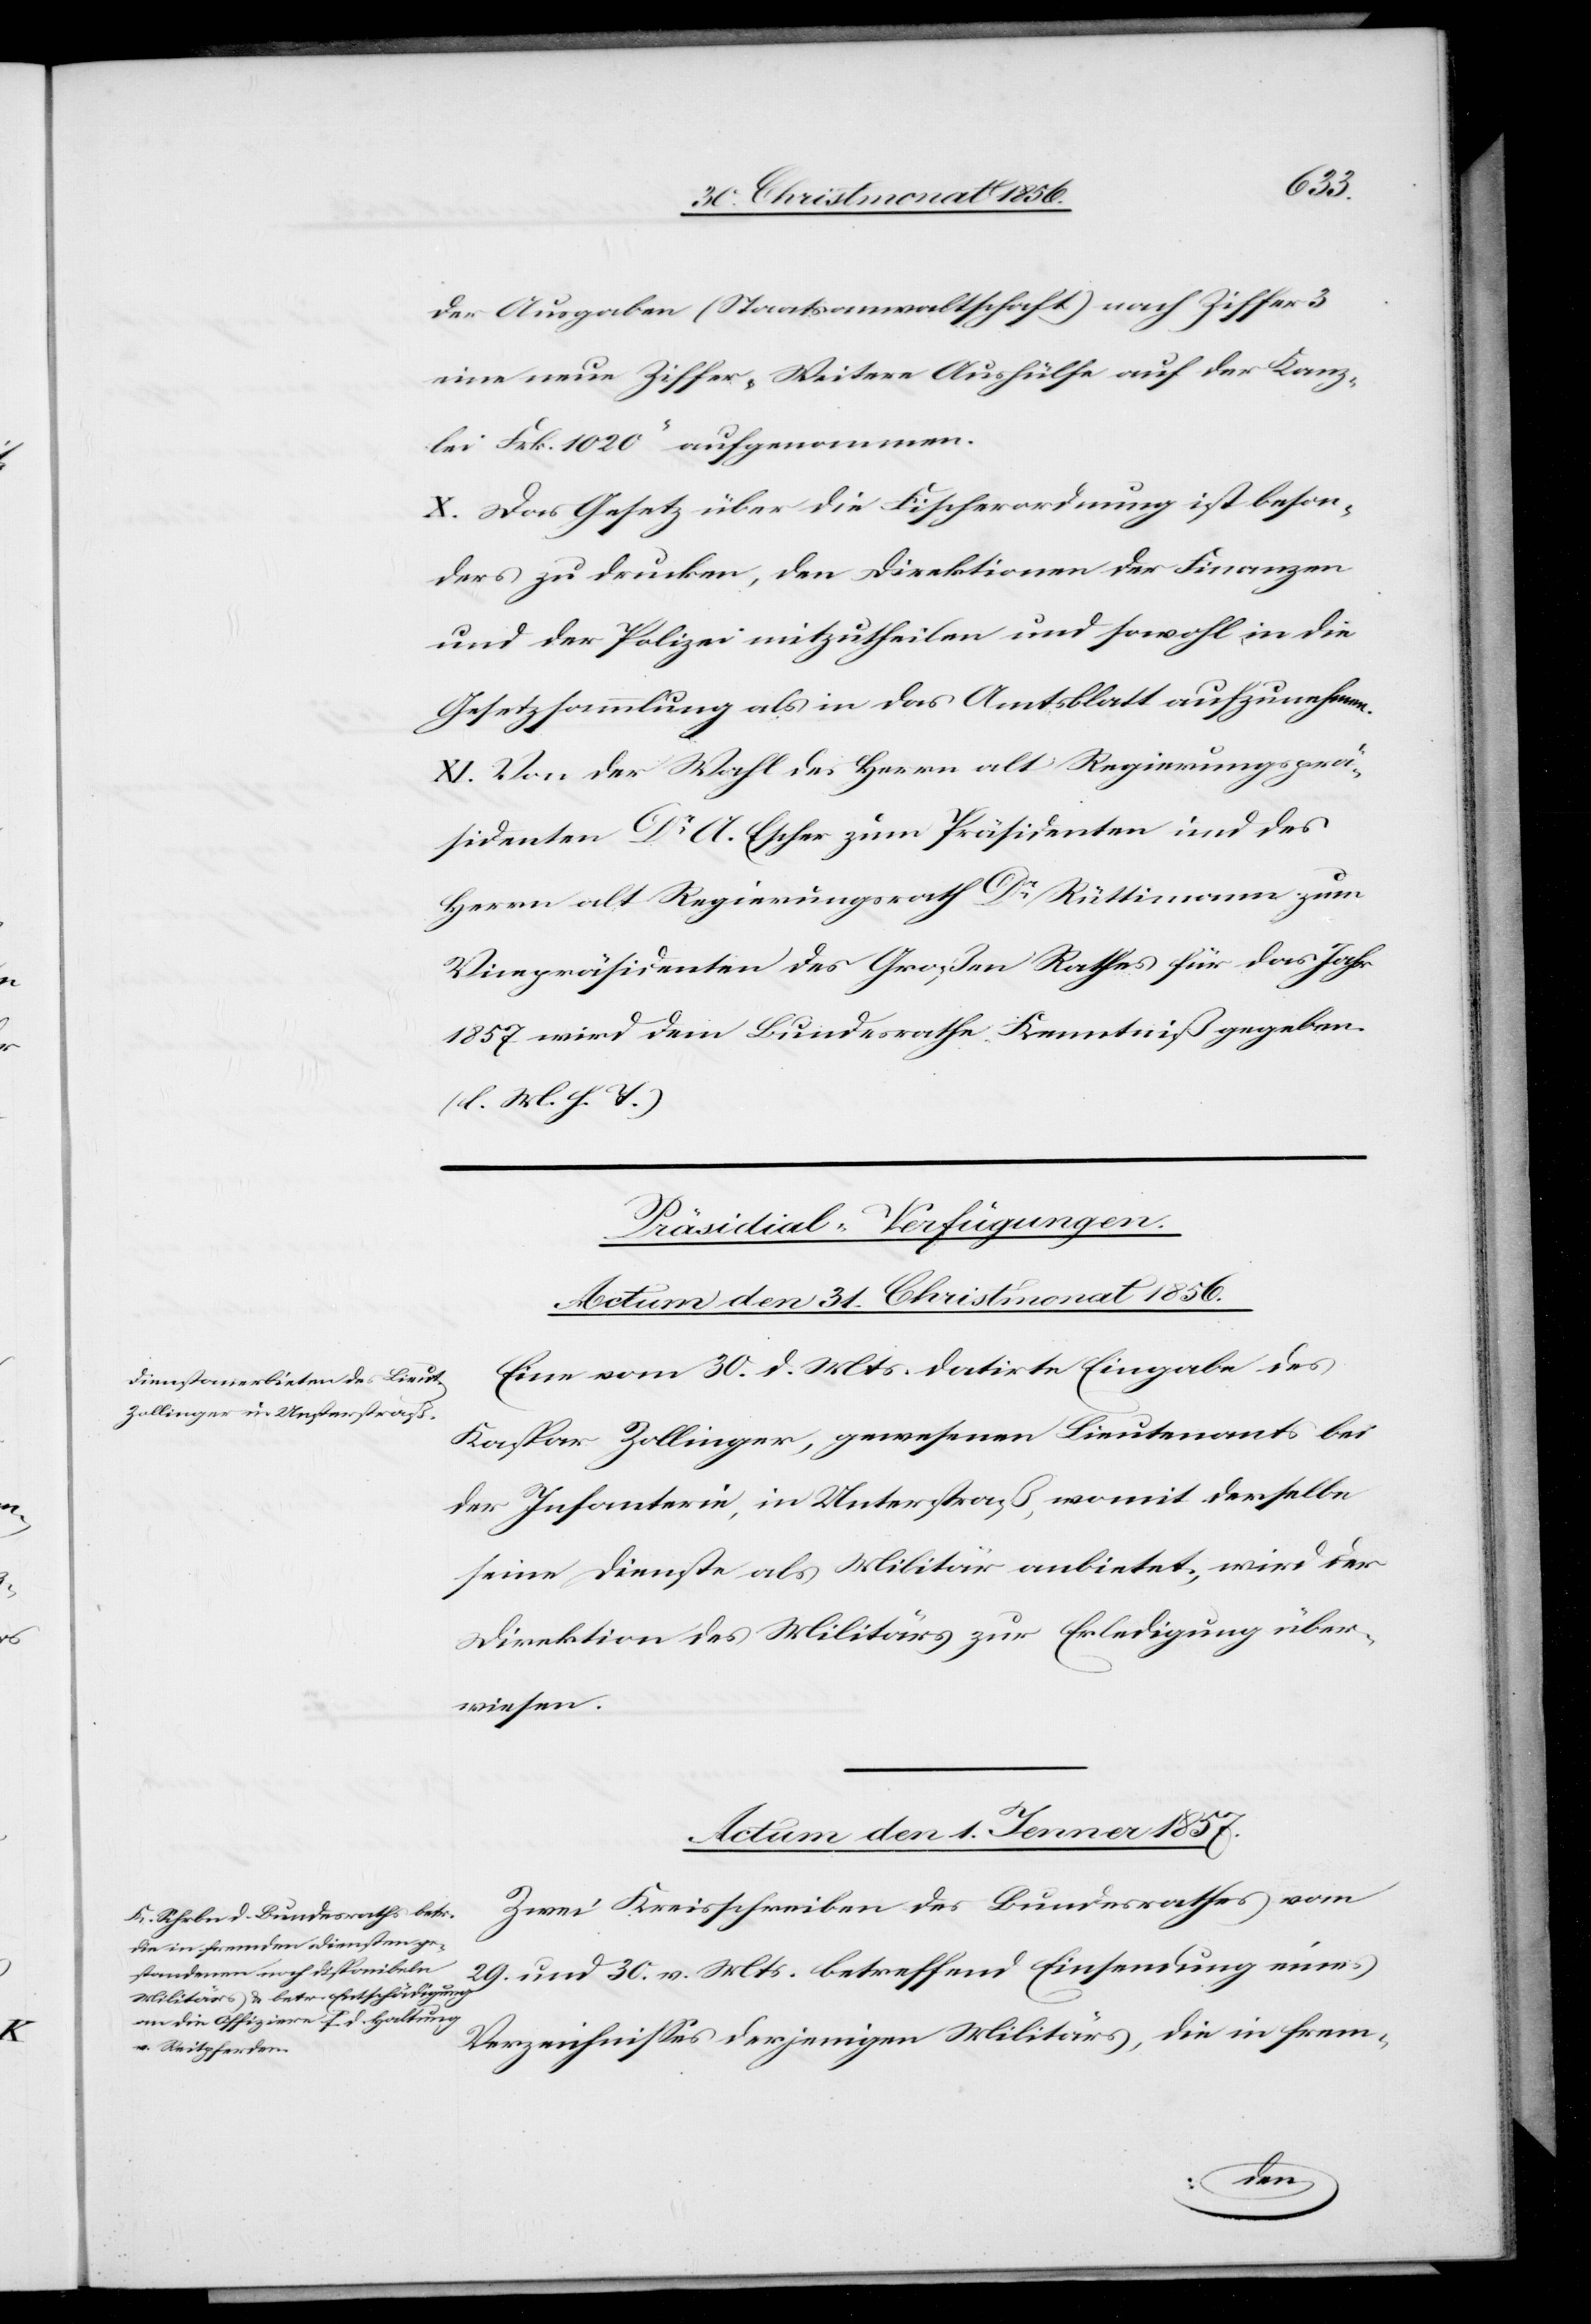
der Ausgaben (Staatsanwaltschaft) nach Ziffer 3
eine neue Ziffer „Weitere Aushülfe auf der Kanz¬
lei Frk. 1020“ aufgenommen.
X. Das Gesetz über die Fischerordnung ist beson¬
ders zu drucken, den Direktionen der Finanzen
und der Polizei mitzutheilen und sowohl in die
Gesetzsammlung als in das Amtsblatt aufzunehmen.
XI. Von der Wahl des Herrn alt Regierungsprä¬
sidenten Dr A. Escher zum Präsidenten und des
Herrn alt Regierungsrath Dr Rüttimann zum
Vicepräsidenten des Großen Rathes für das Jahr
1857 wird dem Bundesrathe Kenntniß gegeben.
(l. M. h. T.)
[Präsidial-Verfügungen.]
Actum den 31. Christmonat 1856.
Eine vom 30. d. Mts. datirte Eingabe des
Kaspar Zollinger, gewesenen Lieutenants bei
der Infanterie, in Unterstraß, womit derselbe
seine Dienste als Militär anbietet, wird der
Direktion des Militärs zur Erledigung über¬
wiesen.
Actum den 1. Jenner 1857.
Zwei Kreisschreiben des Bundesrathes vom
29. und 30. v. Mts. betreffend Einsendung eines
Verzeichnisses derjenigen Militärs, die in frem-